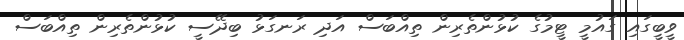
ވީބީގައި ގައުމީ ޓީމުގެ ކުޅުންތެރިން ތިއްބަސް އަދި ރަނގަޅު ބިދޭސީ ކުޅުންތެރިން ތިއްބަސް